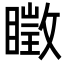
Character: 𥋔